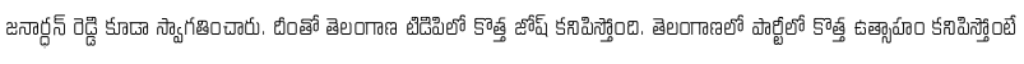
జనార్ధన్ రెడ్డి కూడా స్వాగతించారు. దీంతో తెలంగాణ టిడిపిలో కొత్త జోష్ కనిపిస్తోంది. తెలంగాణలో పార్టీలో కొత్త ఉత్సాహం కనిపిస్తోంటే